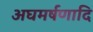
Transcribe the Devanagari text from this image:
अघमर्षणादि